Vital statistics of India. Vol. IV, Annual returns from 1871 to 1876. British Army of India, Native Army and jails of Bengal
Year: 1871
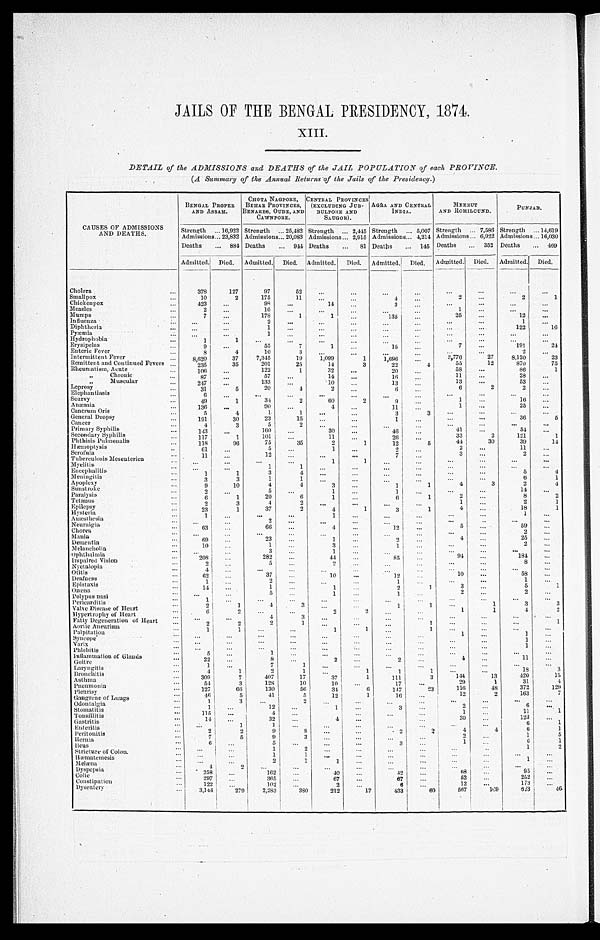
JAILS OF THE BENGAL PRESIDENCY, 1874.
XIII.
DETAIL of the ADMISSIONS and DEATHS of the JAIL POPULATION of each PROVINCE.
(A Summary of the Annual Returns of the Jails of the Presidency.)
CAUSES OF ADMISSIONS
AND DEATHS.
BENGAL PROPER
AND ASSAM.
CHOTA NAGPORE,
BEHAR PROVINCES,
BENARES, OUDE, AND
CAWNPORE.
CENTRAL PROVINCES
(EXCLUDING JUB-
BULPORE AND
SAUGOR).
AGRA AND CENTRAL
INDIA.
MEERUT
AND ROHILCUND.
PUNJAB.
Strength 16,922 Strength 25,482 Strength 2,445 Strength 5,007 Strength 7,586 Strength 14,619
Admissions 23,832 Admissions 20,083 Admissions 2,915 Admissions
4 , 2 1 4 Admissions 6,922 Admissions 16,030
Deaths
884 Deaths
944 Deaths
81 Deaths
145 Deaths
352 Deaths
469
Admitted. Died. Admitted. Died. Admitted. Died. Admitted. Died. Admitted. Died. Admitted. Died.
Cholera
378
127
97
52
S m a l l p o x
10
2
175
11
4
2
2
1
Chickenpox
423
98
14
3
Measles
2
16
1
Mumps
7
178
1
1
1 3 5
25
1 2
Influenza
2
1
Diphtheria
1
122
16
Pyæmia
1
Hydrophobia
1
1
Erysipelas
9
55
7
1
15
7
191
24
Enteric Fever
8
4
10
3
2
Intermittent Fever
8, 620
37 7,345
19 1,099
1 1,696
3,776
27 8,120
23
Remittent and Continued Fevers
235
35
201
25
14
3
22 4
55
12
870
75
Rheumatism, Acute
106
122
1
32
20
58
86
1
„ C h r o n i c
87
57
14
16
1 1
2 8
„ Muscular
247
133
10
13
1 3
5 3
L e p r o s y
3 1
5
20
4
2
6
6
2
2
Elephantiasis
6
Scurvy
49
1
34
2
60
2
9
1
16
Anæmia
136
9 0
4
11
1
25
Cancrum Oris
5
4
1
1
3
3
General Dropsy
191
30
23
15
1
36
5
Cancer
4
3
5
2
Primary Syphilis
143
1 6 0
30
46
41
54
Secondary Syphilis
117
1
101
11
26
33
2
1 2 1
1
Phthisis Pulmonalis
118
96
75
35
2
1
12
5
44
3 0
3 9
1 4
Hæmoptysis
61
5
1
2
2
1 1
Scrofala
11
12
7
3
2
Tuberculosis Mesenterica
1
1
Myelitis
1
1
Encephalitis
1 1
3
4
5
4
Meningitis
3
3
1
1
6
1
Apoplexy
9
10
4
4
3
1
1
4
3
2
4
Sunstroke
2
5
1
1
14
Paralysis
6
1
20
6
1
6
1
2
8
2
Tetanus
2
3
4
2
1
2
1
Epilepsy
23
1
37
2
4
1
3
1
4
18
1
Hysteria
1
1
1
Anæsthesia
2
Neuralgia
6 3
66
4
12
5
59
C h o r e a
2
Mania
6 9
23
1
2
4
25
Dementia
1 0
1
3
1
2
M e l a n c h o l i a
3
1
Ophthalmia
2 0 8
282
44
8 5
94
184
Impaired Vision
2
5
2
8
Nyctalopia
4
Otitis
62
37
10
12
10
58
Deafness
1
2
1
1
Epistaxis
14
1
1
2
1
3
5
1
Ozœna
5
1
1
2
2
Polypus nasi
1
Pericarditis
2
1
4
3
1
1
1
3
3
Valve Disease of Heart
6
2
2
2
1
1
4
2
Hypertrophy of Heart
4
3
Fatty Degeneration of Heart
2 2
2
1
1
1
Aortic Aneurism
1
1
1
1
1
Palpitation
1
1
Syncope
1
Varix
1
P h l e b i t i s
5
1
Inflammation of Glands
22
8
2
2
4
11
Goitre
1
7
1
Laryngitis
4 1
2
1
1
1
1
18
3
Bronchitis
309
7
407
17 3 7
1 111
3
144
13
420
15
Asthma
5 4
3
1 2 8
10
10
17
29
1
31
4
•
Pneumonia
1 2 7
66
130
56
34 6
147
23
116
48
372
129
P l e u r i s y
46
5
41
5
1 2
1 16
1 2
2
1 6 3
7
Gangrene of Lungs
1
3
2
Odontalgia
1
1 2
1
3
2
6
Stomatitis
115
4
1
11
1
Tonsillitis
14
32
4
30
123
Gastritis
1
1
6
1
Enteritis
2
2 9
8
2
2
4 4
6
1
Peritonitis
7
5 9
3
2
1
5
Her ni a
6
5
3
1
6
1
I l eus
1
2
1
2
Stricture of Colon.
1
1
Hæmatemesis
2
1
1
1
M e l æ n a
4
2
Dys pe ps i a
258
1 6 2
4 0
42
68
95
Colic
297
365
6 7
67
5 2
252
Constipation
122
1 0 2
2
6
1 2
173
Dysentery
3,144
2 7 9
2,283
380
2 1 2
1 7
433 60
567
169
613
46